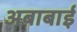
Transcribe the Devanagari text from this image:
अबाबाई